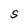
Character: S